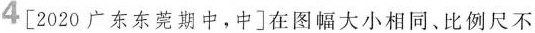
4 [2020广东东莞期中，中]在图幅大小相同、比例尺不